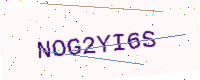
Text: NOG2YI6S